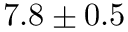
7 . 8 \pm 0 . 5